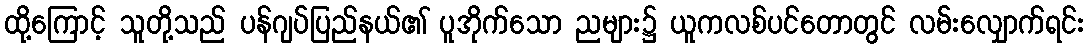
ထို့ကြောင့် သူတို့သည် ပန်ဂျပ်ပြည်နယ်၏ ပူအိုက်သော ညများ၌ ယူကလစ်ပင်တောတွင် လမ်းလျှောက်ရင်း